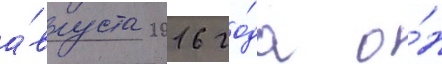
а́вгуста 2016 го́да о́н